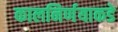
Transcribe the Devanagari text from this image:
कालनिर्णयाकडे